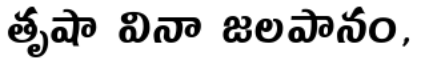
తృషా వినా జలపానం,